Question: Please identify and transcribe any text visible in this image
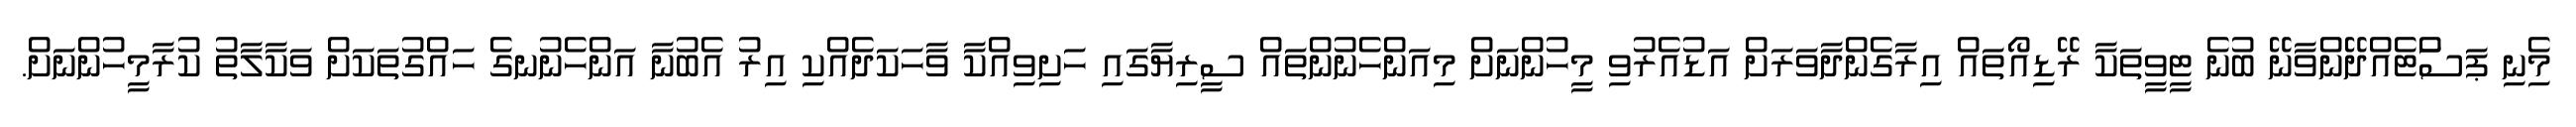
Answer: މިެނި ޕަސަްޓެއްދޭންވާނޭ ބުނެ ޓީވީތަކާ ރޭޑިއޯތައް އިރާގެންދާވަރަށް އަޑުއެރުވި މީހުންނަށް މިއަންހެނުންތައް ސީރިޔާގައި ހަށިވިއްކާ ވާހަކަދެއްކި އިރު އެބުނާ އަންހެނުނގެ ހައްގުތަކަށް ވަކާލާތު ކުރާމީހުންނަށް.